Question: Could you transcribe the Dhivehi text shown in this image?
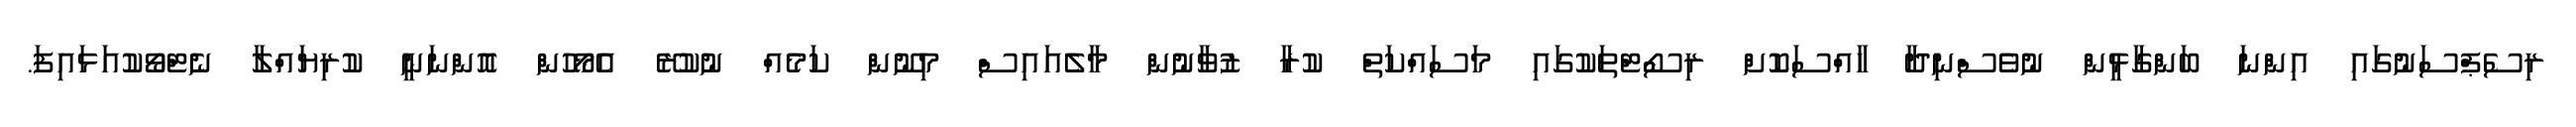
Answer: ރިސެޕްސަނުގައި އިންނަ ބަންގާޅީން ނުވެސްނިދާ ހާއްސަކޮށް ރިސޯޓްތަކުގައި މަސައްކަތް ކުރާ ޒުވާނުން މާލެއައިސް މިނޫން ކަމެއް ނުކުރޭ އެމޯހުން އޮންނަނީ ކުރިޔައްލާ ނެޓްވޯކުއަޅައިފަ.